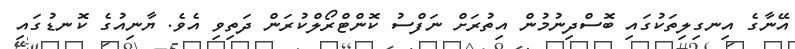
އޭނާގެ އިނގިލިތަކުގައި ބޮސްދިނުމުން އިތުރަށް ނަފްސު ކޮންޓްރޯލްކުރަން ދަތިވި އެވެ. ޔާނިއުގެ ކޮނޑުގައި